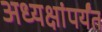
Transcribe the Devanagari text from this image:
अध्यक्षांपर्यंत